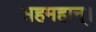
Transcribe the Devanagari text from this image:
सहमहान्।